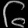
Digit: ၆